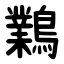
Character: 鸈